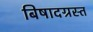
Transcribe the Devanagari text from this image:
बिषादग्रस्त